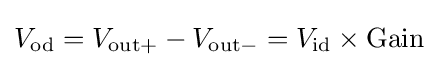
V_{\mathrm {od} }=V_{\mathrm {out+} }-V_{\mathrm {out-} }=V_{\mathrm {id} }\times \mathrm {Gain}